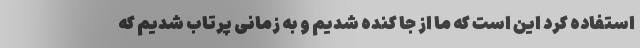
استفاده کرد این است که ما از جا کنده شدیم و به زمانی پرتاب شدیم که